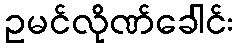
ဥမင်လိုဏ်ခေါင်း